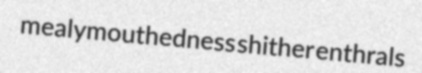
mealymouthedness shither enthrals